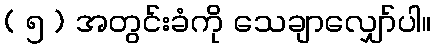
( ၅ ) အတွင်းခံကို သေချာလျှော်ပါ။